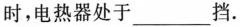
时，电热器处于______挡.